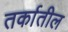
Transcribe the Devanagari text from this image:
तर्कातील